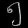
Digit: ၅